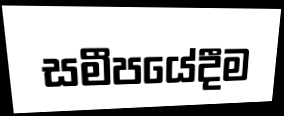
සමීපයේදීම